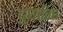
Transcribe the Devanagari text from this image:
दुघर्टना